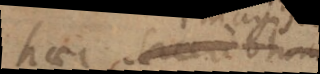
haec in